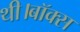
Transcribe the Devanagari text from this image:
थी।बॉक्स